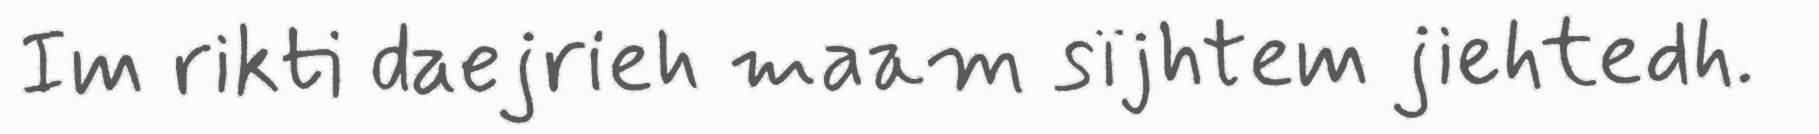
Im rikti daejrieh maam sïjhtem jiehtedh.